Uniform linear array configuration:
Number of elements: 24
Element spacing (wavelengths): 0.75
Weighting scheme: cosine
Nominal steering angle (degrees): -45
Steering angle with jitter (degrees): -43.824
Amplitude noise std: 0.05
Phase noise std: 0.05

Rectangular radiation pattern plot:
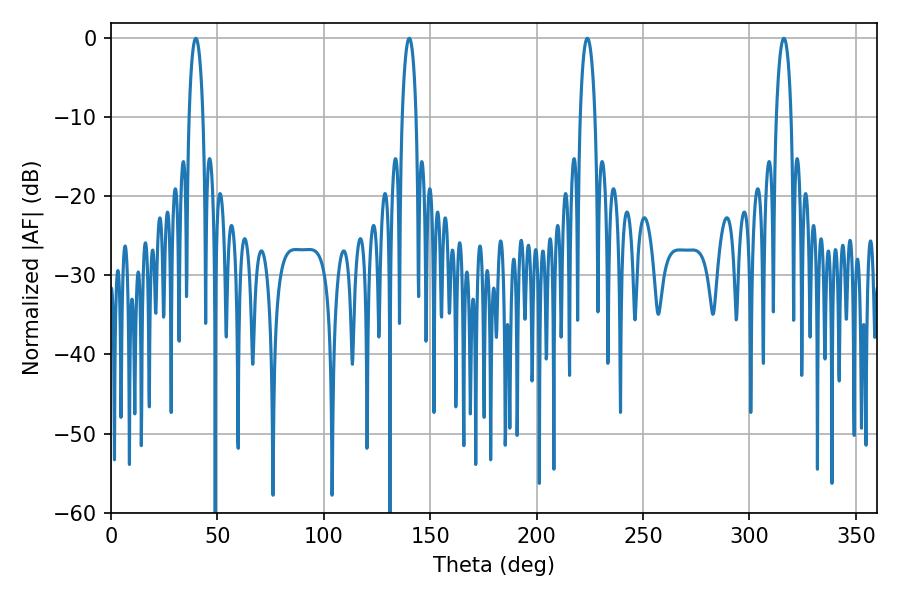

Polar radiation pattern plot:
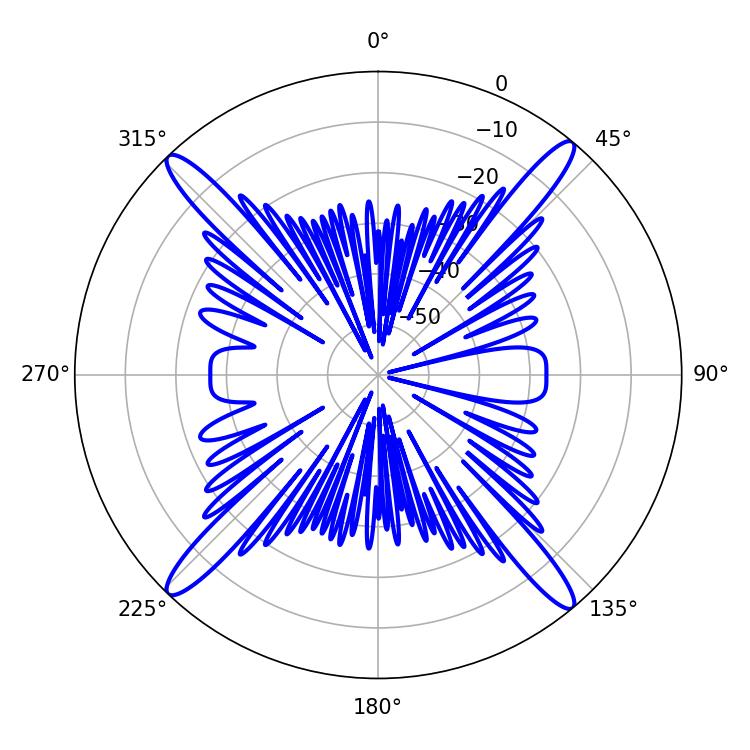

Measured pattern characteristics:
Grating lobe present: TRUE
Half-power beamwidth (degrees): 3.78
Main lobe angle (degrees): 39.78